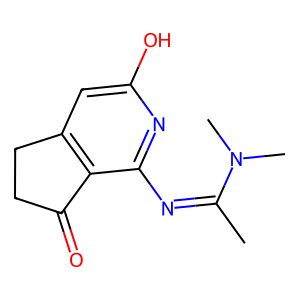
SMILES: CC(=Nc1nc(O)cc2c1C(=O)CC2)N(C)C
Inhibits HIV replication: No